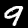
Label: 9